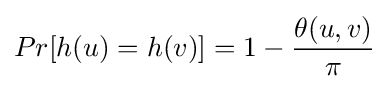
Pr[h(u)=h(v)]=1-{\frac {\theta (u,v)}{\pi }}